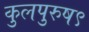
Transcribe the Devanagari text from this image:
कुलपुरुष९